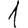
Digit: 1